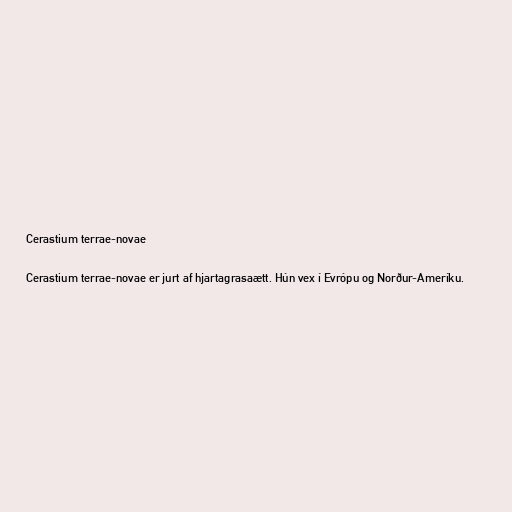
Cerastium terrae-novae

Cerastium terrae-novae er jurt af hjartagrasaætt. Hún vex í Evrópu og Norður-Ameríku.